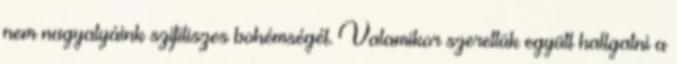
nem nagyatyáink szifiliszes bohémségét. Valamikor szerettük együtt hallgatni a